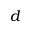
d